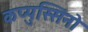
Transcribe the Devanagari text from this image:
कप्पुस्सिंनो